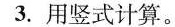
3.用竖式计算。